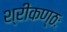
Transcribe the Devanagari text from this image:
श्रीकण्ठः